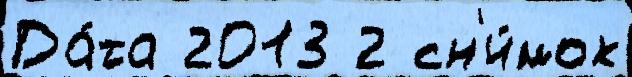
Да́та 2013 2 сн'и́мок